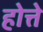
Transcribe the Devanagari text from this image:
होत्ते